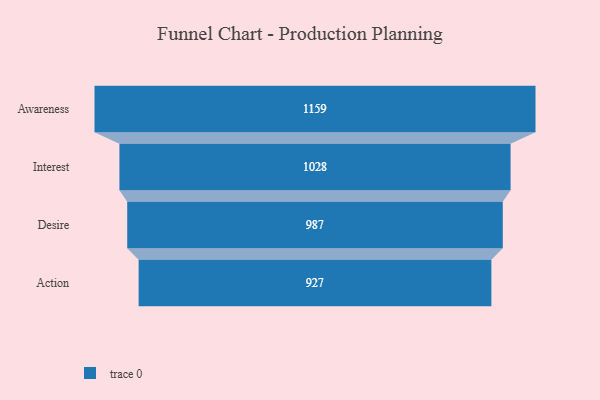
{"axis": {"x": "Stage", "y": "Value"}, "legend": [""], "data": [{"x": "Awareness", "y": 1159.0, "type": ""}, {"x": "Interest", "y": 1028.0, "type": ""}, {"x": "Desire", "y": 987.0, "type": ""}, {"x": "Action", "y": 927.0, "type": ""}]}